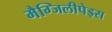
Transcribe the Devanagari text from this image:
मैग्जिलीपेड्स